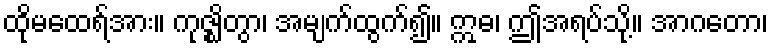
ထိုမထေရ်အား။ ကုဇ္ဈိတွာ၊ အမျက်ထွက်၍။ ဣဓ၊ ဤအရပ်သို့။ အာဂတော၊